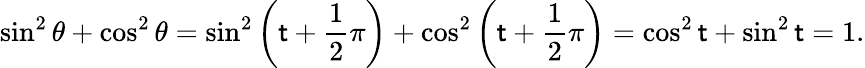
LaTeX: \sin^{2}\theta+\cos^{2}\theta=\sin^{2}\left(\mathsf{t}+{\frac{{1}}{{2}}}\pi\right)+\cos^{2}\left(\mathsf{t}+{\frac{{1}}{{2}}}\pi\right)=\cos^{2}\mathsf{t}+\sin^{2}\mathsf{t}=1.